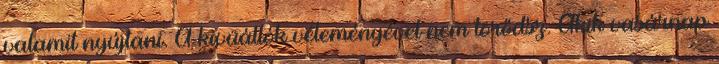
valamit nyújtani. A kivüállók véleményével nem törődsz. Akik vasárnap